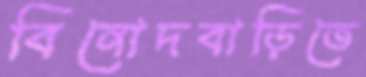
বিনোদবাড়িতে